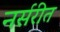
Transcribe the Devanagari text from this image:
नर्सरीत